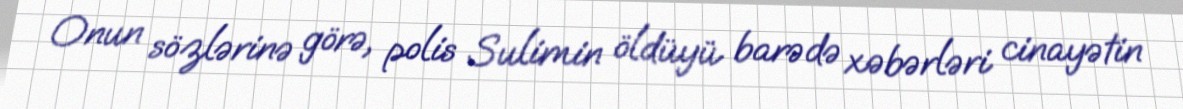
Onun sözlərinə görə, polis Sulimin öldüyü barədə xəbərləri cinayətin